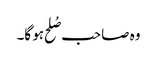
وہ صاحب صُلح ہو گا۔